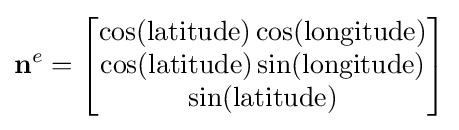
\mathbf {n} ^{e}=\left[{\begin{matrix}\cos(\mathrm {latitude} )\cos(\mathrm {longitude} )\\\cos(\mathrm {latitude} )\sin(\mathrm {longitude} )\\\sin(\mathrm {latitude} )\\\end{matrix}}\right]